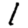
Digit: 1